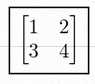
\begin{bmatrix}1&2\\3&4\end{bmatrix}